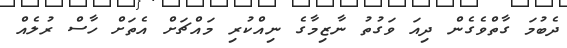
ދެބުމަ ގާތްވެގެން ދިއަ ވަގުތު ނާޒިމާގެ ނިއްކުރި މައްޗަށް އެތަށް ހާސް ރުލެއް